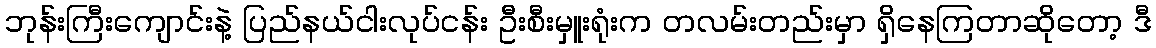
ဘုန်းကြီးကျောင်းနဲ့ ပြည်နယ်ငါးလုပ်ငန်း ဦးစီးမှူးရုံးက တလမ်းတည်းမှာ ရှိနေကြတာဆိုတော့ ဒီ